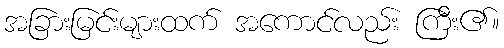
အခြားမြင်းများထက် အကောင်လည်း ကြီး၏။